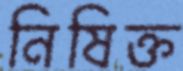
নিষিক্ত